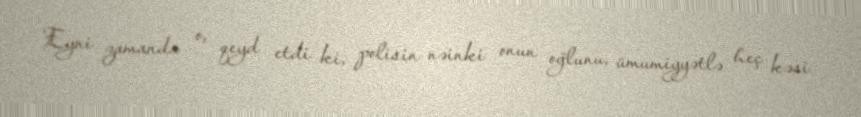
Eyni zamanda o, qeyd etdi ki, polisin nəinki onun oğlunu, ümumiyyətlə heç kəsi